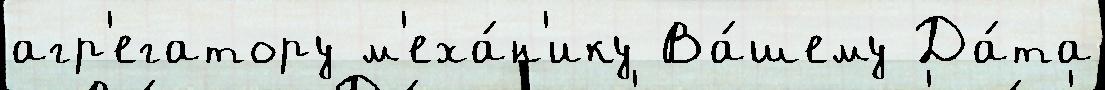
агр'егатору м'еха́н'ику Ва́шему Да́та